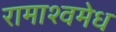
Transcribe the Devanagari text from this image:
रामाश्वमेध